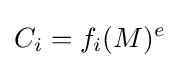
C_{i}=f_{i}(M)^{e}